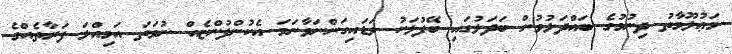
މަޢުލޫމާތު ދިނުމުގެ ބައްދަލުވުން ބަދަލުގައި ބޭފުޅަކު ވަޑައިގަންނަވާނަމަ އެކުންފުންޏެއް ނުވަތަ އަމިއްލަ ފަރާތެއްގެ